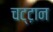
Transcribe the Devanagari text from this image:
चट्ट़ान